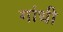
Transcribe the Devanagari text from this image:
गांंधी